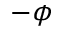
- \phi